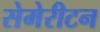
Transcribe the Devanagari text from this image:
सेमेरीटन